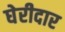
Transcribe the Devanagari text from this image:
घेरीदार